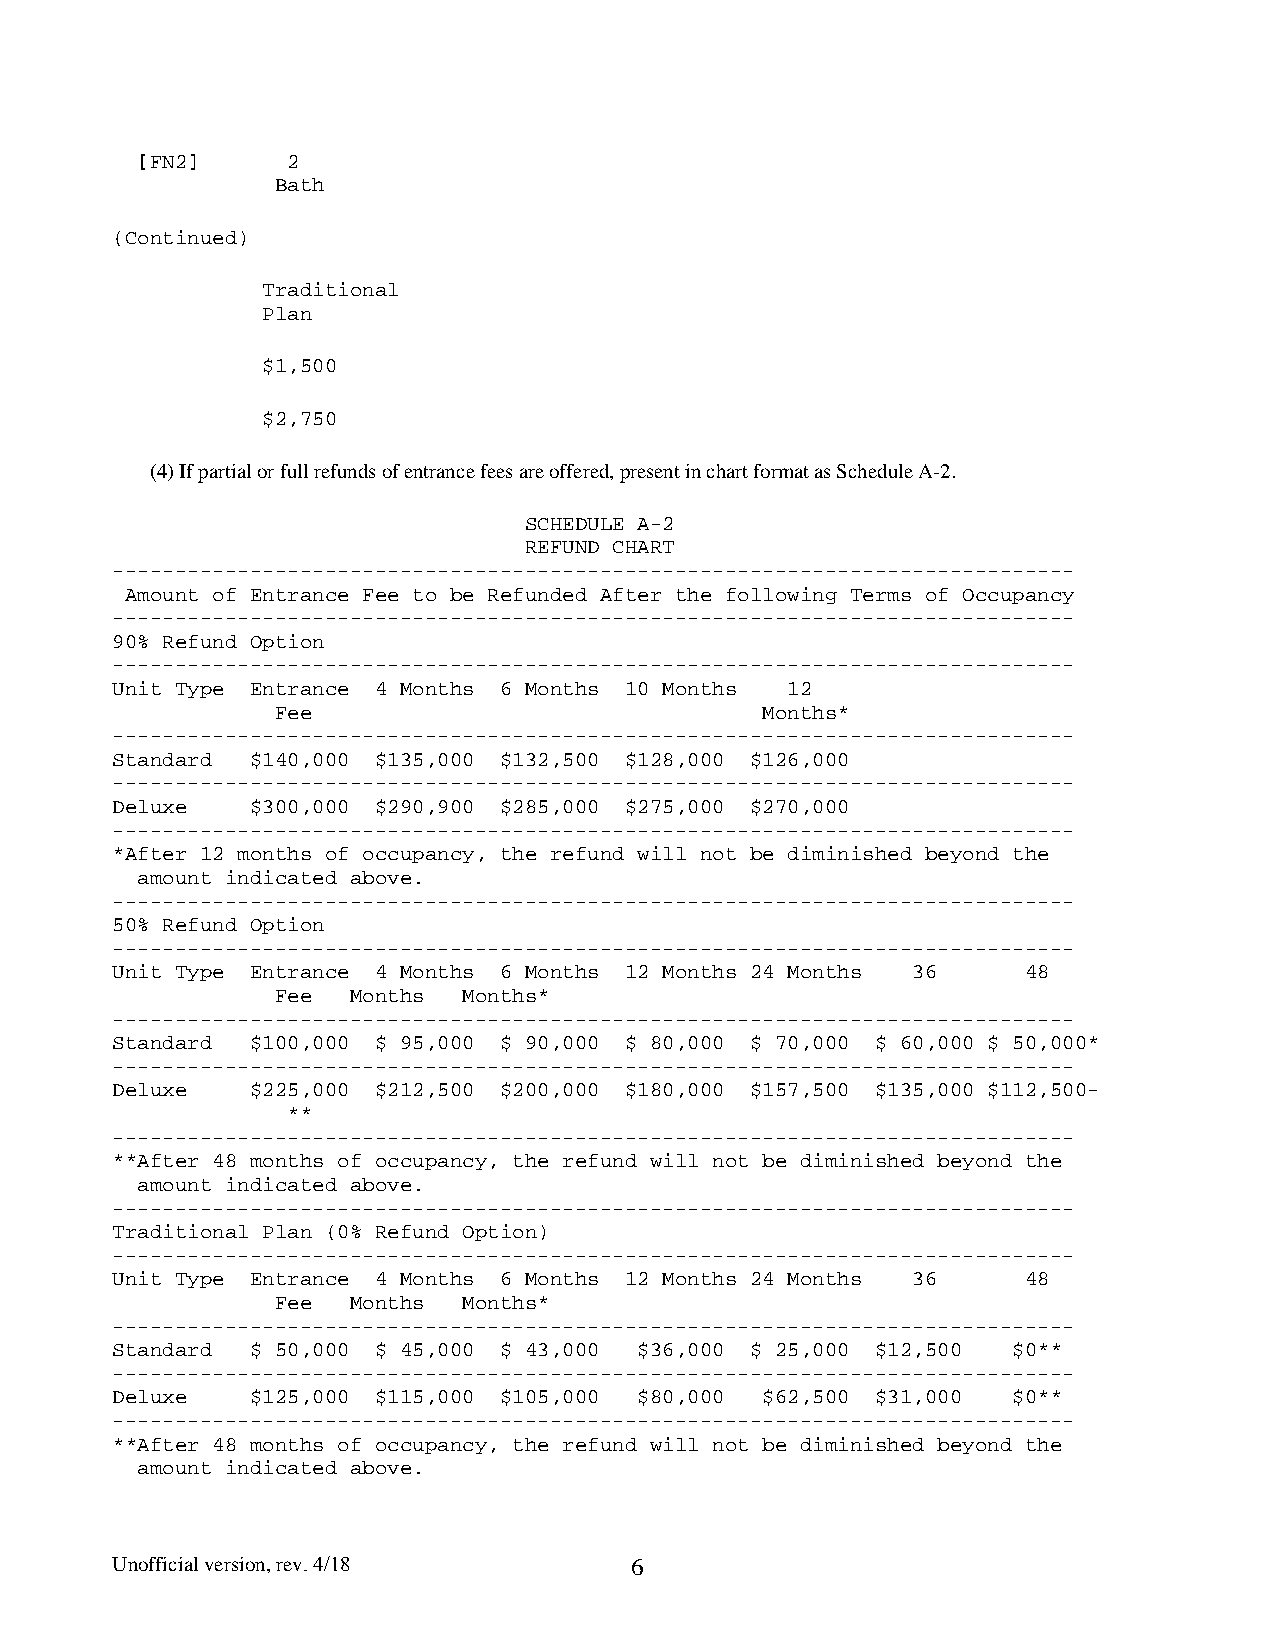
[FN2]     2
 Bath
 (Continued)
 Traditional
 Plan
 $1,500
 $2,750
 (4) If partial or full refunds of entrance fees are offered, present in chart format as Schedule A-2.
 SCHEDULE A-2
 REFUND CHART
 -----------------------------------------------------------------------------
 Amount of Entrance Fee to be Refunded After the following Terms of Occupancy
 -----------------------------------------------------------------------------
 90% Refund Option
 -----------------------------------------------------------------------------
 Unit Type Entrance 4 Months 6 Months 10 Months 12
 Fee                             Months*
 -----------------------------------------------------------------------------
 Standard  $140,000 $135,000 $132,500 $128,000 $126,000
 -----------------------------------------------------------------------------
 Deluxe    $300,000 $290,900 $285,000 $275,000 $270,000
 -----------------------------------------------------------------------------
 *After 12 months of occupancy, the refund will not be diminished beyond the
 amount indicated above.
 -----------------------------------------------------------------------------
 50% Refund Option
 -----------------------------------------------------------------------------
 Unit Type Entrance 4 Months 6 Months 12 Months 24 Months 36  48
 Fee  Months  Months*
 -----------------------------------------------------------------------------
 Standard  $100,000 $ 95,000 $ 90,000 $ 80,000 $ 70,000 $ 60,000 $ 50,000*
 -----------------------------------------------------------------------------
 Deluxe    $225,000 $212,500 $200,000 $180,000 $157,500 $135,000 $112,500-
 **
 -----------------------------------------------------------------------------
 **After 48 months of occupancy, the refund will not be diminished beyond the
 amount indicated above.
 -----------------------------------------------------------------------------
 Traditional Plan (0% Refund Option)
 -----------------------------------------------------------------------------
 Unit Type Entrance 4 Months 6 Months 12 Months 24 Months 36  48
 Fee  Months  Months*
 -----------------------------------------------------------------------------
 Standard  $ 50,000 $ 45,000 $ 43,000 $36,000 $ 25,000 $12,500 $0**
 -----------------------------------------------------------------------------
 Deluxe    $125,000 $115,000 $105,000 $80,000 $62,500 $31,000 $0**
 -----------------------------------------------------------------------------
 **After 48 months of occupancy, the refund will not be diminished beyond the
 amount indicated above.
 Unofficial version, rev. 4/18      6